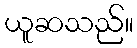
ယူဆသည်။